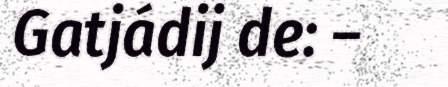
Gatjádij de: –